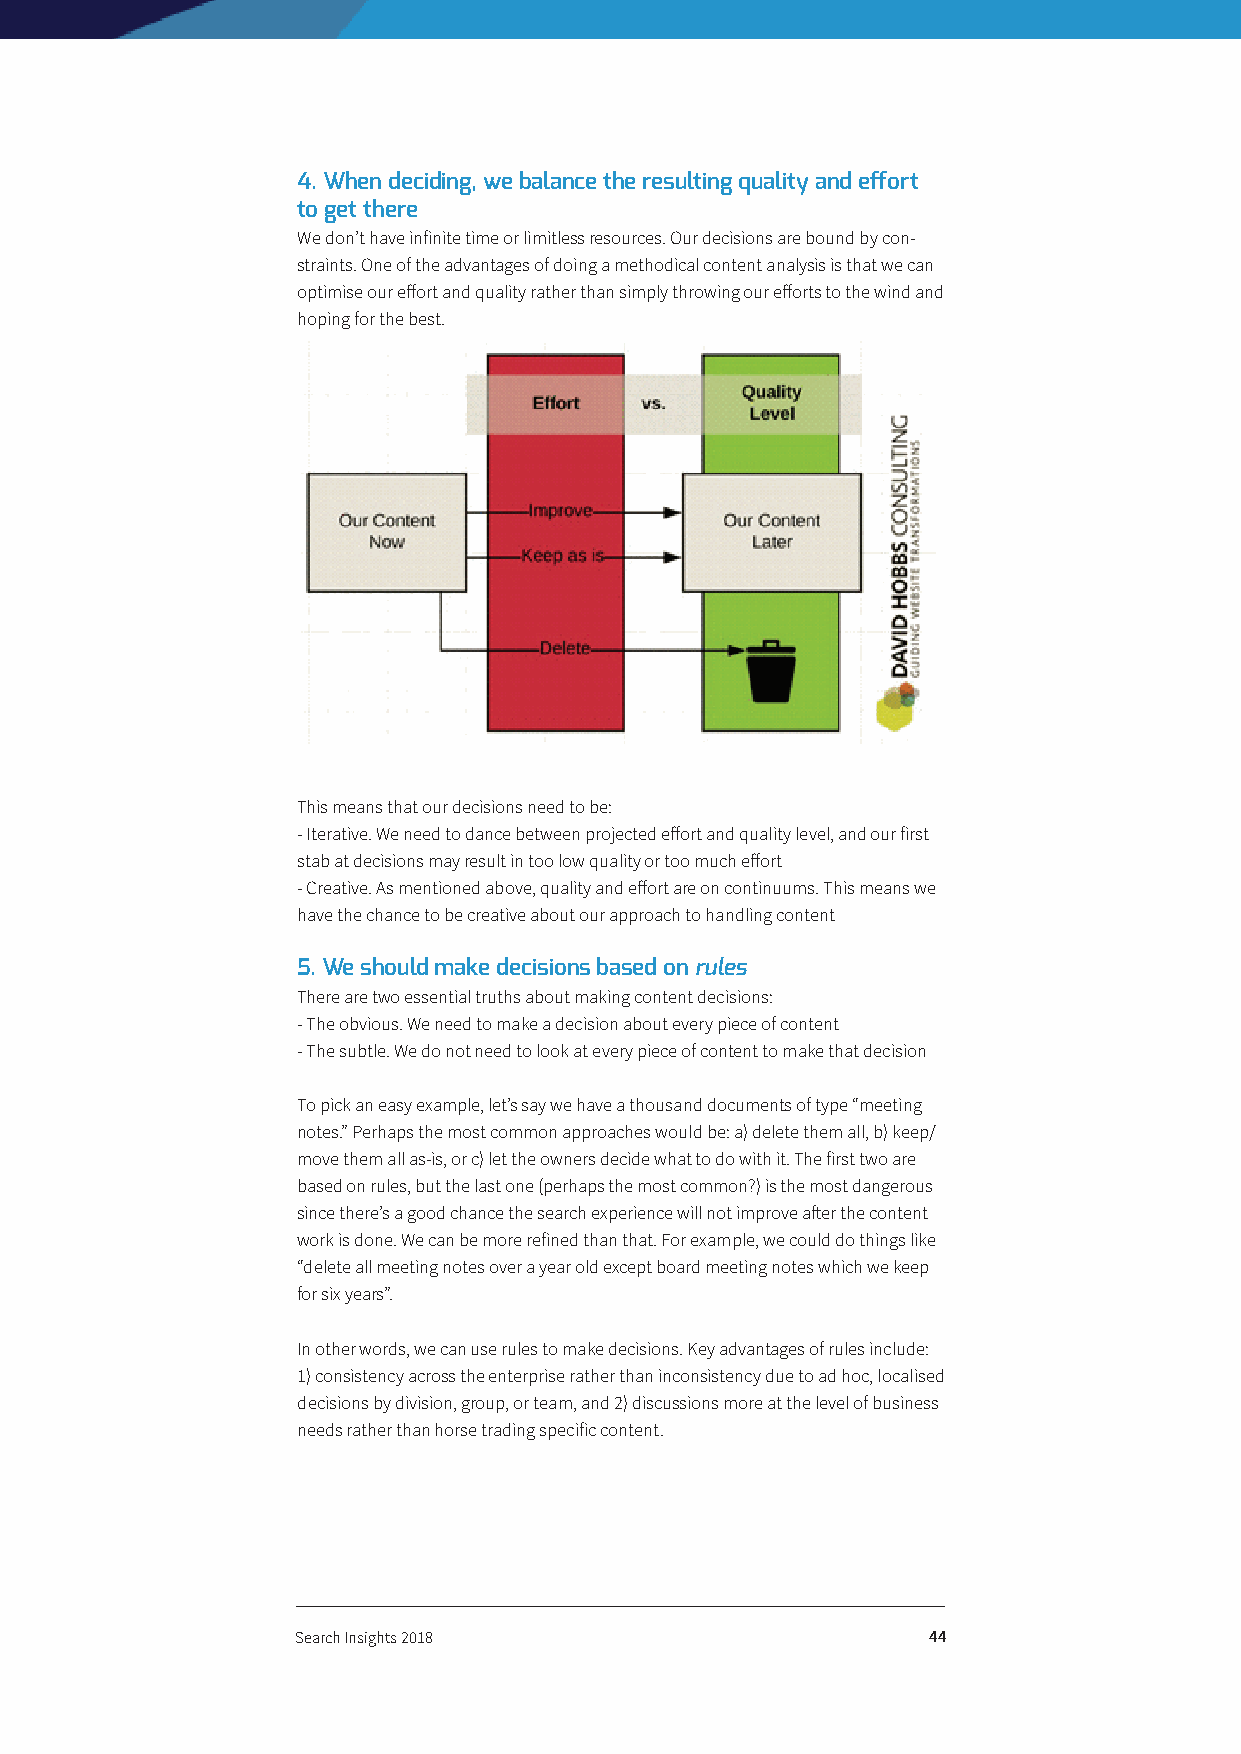
4. When deciding, we balance the resulting quality and effort
 to get there
 We don’t have infinite time or limitless resources. Our decisions are bound by con-
 straints. One of the advantages of doing a methodical content analysis is that we can
 optimise our effort and quality rather than simply throwing our efforts to the wind and
 hoping for the best.
 This means that our decisions need to be:
 - Iterative. We need to dance between projected effort and quality level, and our first
 stab at decisions may result in too low quality or too much effort
 - Creative. As mentioned above, quality and effort are on continuums. This means we
 have the chance to be creative about our approach to handling content
 5. We should make decisions based on rules
 There are two essential truths about making content decisions:
 - The obvious. We need to make a decision about every piece of content
 - The subtle. We do not need to look at every piece of content to make that decision
 To pick an easy example, let’s say we have a thousand documents of type “meeting
 notes.” Perhaps the most common approaches would be: a) delete them all, b) keep/
 move them all as-is, or c) let the owners decide what to do with it. The first two are
 based on rules, but the last one (perhaps the most common?) is the most dangerous
 since there’s a good chance the search experience will not improve after the content
 work is done. We can be more refined than that. For example, we could do things like
 “delete all meeting notes over a year old except board meeting notes which we keep
 for six years”.
 In other words, we can use rules to make decisions. Key advantages of rules include:
 1) consistency across the enterprise rather than inconsistency due to ad hoc, localised
 decisions by division, group, or team, and 2) discussions more at the level of business
 needs rather than horse trading specific content.
 Search Insights 2018                     44